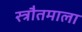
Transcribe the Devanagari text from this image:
स्त्रौतमाला